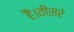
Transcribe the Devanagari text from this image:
हैं।तीसरे